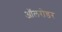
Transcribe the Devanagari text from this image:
ऑलरोडर